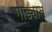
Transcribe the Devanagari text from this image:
गाड्यात